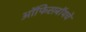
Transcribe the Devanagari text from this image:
ऑफिसबॉयचे